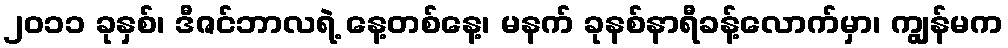
၂၀၁၁ ခုနှစ်၊ ဒီဇင်ဘာလရဲ့ နေ့တစ်နေ့၊ မနက် ခုနစ်နာရီခန့်လောက်မှာ၊ ကျွန်မက